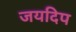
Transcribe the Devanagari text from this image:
जयदिप